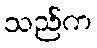
သည်က